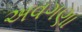
અવગણા